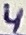
Text: 4